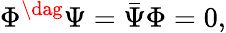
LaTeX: \Phi^{\dag}\Psi={\bar{\Psi}}\Phi=0,